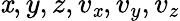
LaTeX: \mathit{x},y,z,v_{\mathit{x}},v_{y},v_{z}